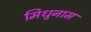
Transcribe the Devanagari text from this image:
मिधुनाम